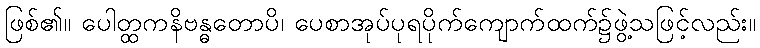
ဖြစ်၏။ ပေါတ္ထကနိဗန္ဓတောပိ၊ ပေစာအုပ်ပုရပိုက်ကျောက်ထက်၌ဖွဲ့သဖြင့်လည်း။